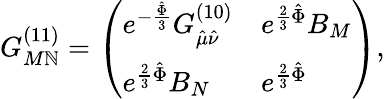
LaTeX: G_{M\mathbb{N}}^{(11)}=\left(\begin{array}{ll}{{e^{-{\frac{\hat{\Phi}}{3}}}G_{\hat{\mu}\hat{\nu}}^{(10)}}}&{{e^{{\frac{2}{3}}\hat{\Phi}}B_{M}}}\\ {{e^{{\frac{2}{3}}\hat{\Phi}}B_{N}}}&{{e^{{\frac{2}{3}}\hat{\Phi}}}}\end{array}\right),